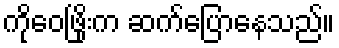
ကိုဝေဖြိုးက ဆက်ပြောနေသည်။